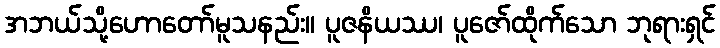
အဘယ်သို့ဟောတော်မူသနည်း။ ပူဇနိယဿ၊ ပူဇော်ထိုက်သော ဘုရားရှင်